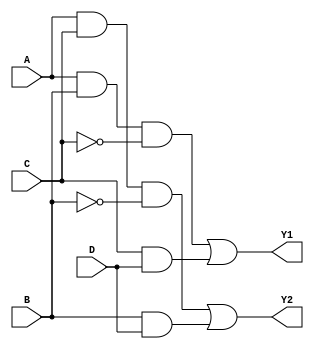
module combinational_logic (
    input wire A,
    input wire B,
    input wire C,
    input wire D,
    output wire Y1,
    output wire Y2
);

// Intermediate signals for simplification
wire AB;        // A AND B
wire AC;        // A AND C
wire BD;        // B AND D
wire NOT_A;     // NOT A
wire NOT_B;     // NOT B
wire NOT_C;     // NOT C
wire NOT_D;     // NOT D

// Multi-level simplification logic
// Simplified expressions derived from K-Maps and Boolean algebra
assign NOT_A = ~A;
assign NOT_B = ~B;
assign NOT_C = ~C;
assign NOT_D = ~D;

// Example logic for Y1 (simplified)
assign AB = A & B;               // Intermediate product term
assign Y1 = (AB & NOT_C) | (C & D); // Y1 = (A AND B AND NOT C) OR (C AND D)

// Example logic for Y2 (simplified)
assign AC = A & C;               // Intermediate product term
assign BD = B & D;               // Intermediate product term
assign Y2 = (AC & NOT_B) | (BD);  // Y2 = (A AND C AND NOT B) OR (B AND D)

endmodule